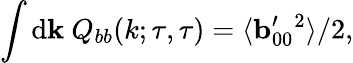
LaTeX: \int\mathrm{d}{\mathbf{{k}}}\ Q_{bb}(k;\tau,\tau)=\langle{{\mathbf{{b}}}_{00}^{\prime}{}^{2}}\rangle/2,